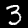
Digit: 3